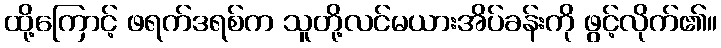
ထို့ကြောင့် ဖရက်ဒရစ်က သူတို့လင်မယားအိပ်ခန်းကို ဖွင့်လိုက်၏။